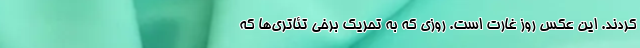
کردند. این عکسِ روز غارت است. روزی که به تحریک برخی تئاتری‌ها که